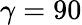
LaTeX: \gamma=90